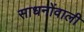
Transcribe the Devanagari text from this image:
साधनोंवाली